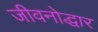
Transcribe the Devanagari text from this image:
जीवनोद्धार